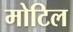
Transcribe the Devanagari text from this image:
मोटिल